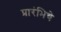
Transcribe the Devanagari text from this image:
प्रारंभिचे